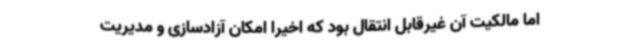
اما مالکیت آن غیرقابل انتقال بود که اخیرا امکان آزادسازی و مدیریت